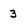
Character: 3